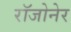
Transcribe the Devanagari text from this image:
रॉजोनेर